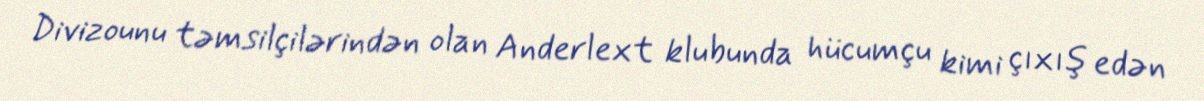
Divizounu təmsilçilərindən olan Anderlext klubunda hücumçu kimi çıxış edən